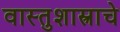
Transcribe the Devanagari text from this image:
वास्तुशास्त्राचे